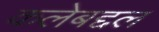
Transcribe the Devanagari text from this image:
कलेबद्दल